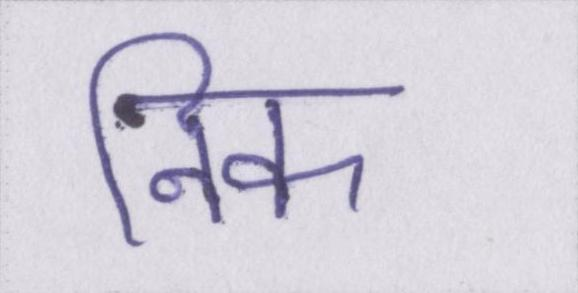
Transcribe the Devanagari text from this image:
निक